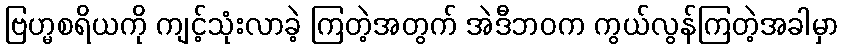
ဗြဟ္မစရိယကို ကျင့်သုံးလာခဲ့ ကြတဲ့အတွက် အဲဒီဘဝက ကွယ်လွန်ကြတဲ့အခါမှာ